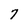
Character: 7